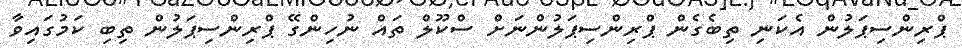
ޕްރިންސިޕަލުން އެކަނި ތިބެގެން ޕްރިންސިޕަލުންނަށް ސްކޫލް ތައް ނުހިންގޭ ޕްރިންސިޕަލުން ތިބި ކަމުގައިވާ